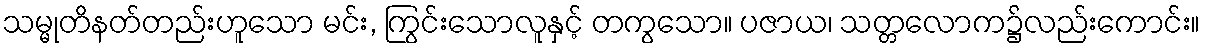
သမ္မုတိနတ်တည်းဟူသော မင်း, ကြွင်းသောလူနှင့် တကွသော။ ပဇာယ၊ သတ္တလောက၌လည်းကောင်း။